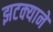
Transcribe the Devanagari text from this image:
झटक्‍याने